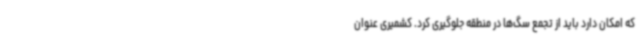
که امکان دارد باید از تجمع سگ‌ها در منطقه جلوگیری کرد. کشمیری عنوان